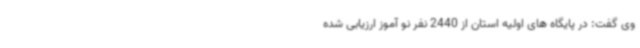
وی گفت: در پایگاه های اولیه استان از 2440 نفر نو آموز ارزیابی شده